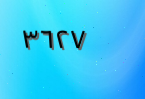
٣٦٢٧